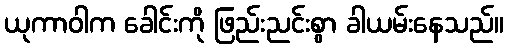
ယုကာဝါက ခေါင်းကို ဖြည်းညင်းစွာ ခါယမ်းနေသည်။